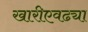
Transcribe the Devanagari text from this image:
खारीएवढ्या